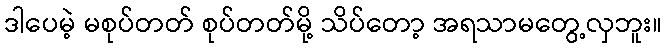
ဒါပေမဲ့ မစုပ်တတ် စုပ်တတ်မို့ သိပ်တော့ အရသာမတွေ့လှဘူး။